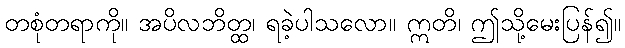
တစုံတရာကို။ အပိလဘိတ္ထ၊ ရခဲ့ပါသလော။ ဣတိ၊ ဤသို့မေးပြန်၍။